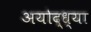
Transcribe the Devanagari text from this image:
अयोद्ध्या